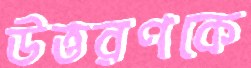
উত্তরণকে